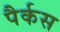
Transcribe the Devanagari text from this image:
पैर्कस